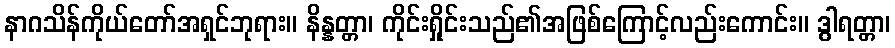
နာဂသိန်ကိုယ်တော်အရှင်ဘုရား။ နိန္နတ္တာ၊ ကိုင်းရှိုင်းသည်၏အဖြစ်ကြောင့်လည်းကောင်း။ ဒွါရတ္တာ၊